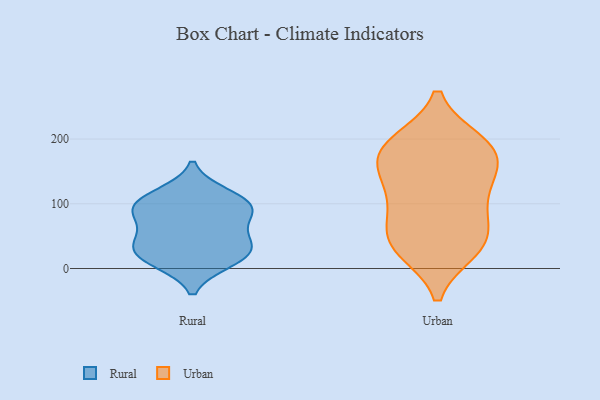
{"axis": {"x": "Humidity (%)", "y": "Value"}, "legend": ["Rural", "Urban"], "data": [{"x": "", "y": 101, "type": "Rural"}, {"x": "", "y": 77, "type": "Rural"}, {"x": "", "y": 114, "type": "Rural"}, {"x": "", "y": 28, "type": "Rural"}, {"x": "", "y": 11, "type": "Rural"}, {"x": "", "y": 40, "type": "Rural"}, {"x": "", "y": 90, "type": "Rural"}, {"x": "", "y": 95, "type": "Rural"}, {"x": "", "y": 43, "type": "Rural"}, {"x": "", "y": 16, "type": "Rural"}, {"x": "", "y": 50, "type": "Urban"}, {"x": "", "y": 159, "type": "Urban"}, {"x": "", "y": 29, "type": "Urban"}, {"x": "", "y": 188, "type": "Urban"}, {"x": "", "y": 36, "type": "Urban"}, {"x": "", "y": 154, "type": "Urban"}, {"x": "", "y": 152, "type": "Urban"}, {"x": "", "y": 118, "type": "Urban"}, {"x": "", "y": 95, "type": "Urban"}, {"x": "", "y": 31, "type": "Urban"}, {"x": "", "y": 195, "type": "Urban"}, {"x": "", "y": 57, "type": "Urban"}, {"x": "", "y": 188, "type": "Urban"}, {"x": "", "y": 102, "type": "Urban"}, {"x": "", "y": 191, "type": "Urban"}]}